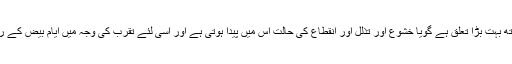
یہی وہ راز ہے جو نوافل کو قرب الہٰی کے ساتھ بہت بڑا تعلق ہے گویا خشوع اور تذلّل اور انقطاع کی حالت اس میں پیدا ہوتی ہے اور اسی لئے تقرب کی وجہ میں ایام بیض کے روزے،شوال کے چھ روزے یہ سب نوافل ہیں۔